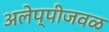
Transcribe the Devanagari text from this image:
अलेप्पीजवळ